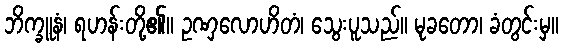
ဘိက္ခူနံ၊ ရဟန်းတို့၏။ ဥဏှလောဟိတံ၊ သွေးပူသည်။ မုခတော၊ ခံတွင်းမှ။